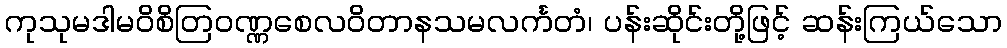
ကုသုမဒါမဝိစိတြဝဏ္ဏစေလဝိတာနသမလင်္ကတံ၊ ပန်းဆိုင်းတို့ဖြင့် ဆန်းကြယ်သော